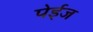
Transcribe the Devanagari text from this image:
पेईज